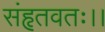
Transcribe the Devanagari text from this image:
संहृतवतः।।